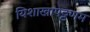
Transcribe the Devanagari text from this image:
यिशाखापट्टणम